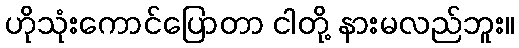
ဟိုသုံးကောင်ပြောတာ ငါတို့ နားမလည်ဘူး။